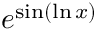
e ^ { \sin ( \ln x ) }